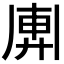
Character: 𢍖